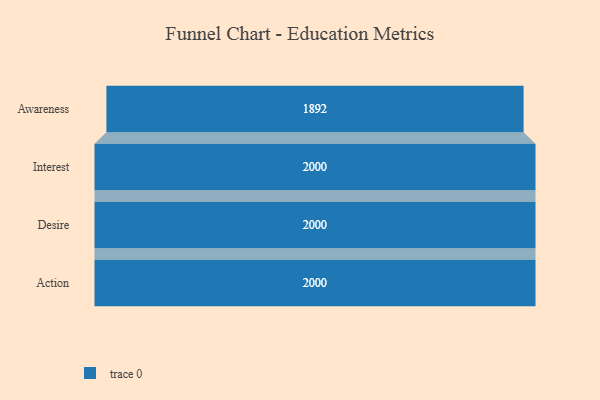
{"axis": {"x": "Stage", "y": "Value"}, "legend": [""], "data": [{"x": "Awareness", "y": 1892.0, "type": ""}, {"x": "Interest", "y": 2000, "type": ""}, {"x": "Desire", "y": 2000, "type": ""}, {"x": "Action", "y": 2000, "type": ""}]}